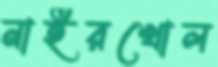
নাইরখোল